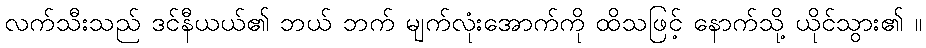
လက်သီးသည် ဒင်နီယယ်၏ ဘယ် ဘက် မျက်လုံးအောက်ကို ထိသဖြင့် နောက်သို့ ယိုင်သွား၏ ။